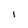
Character: I